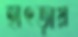
হাৎড়ায়